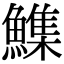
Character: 𮬏